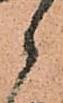
郎